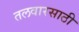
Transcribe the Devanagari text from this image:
तलवारसाठी